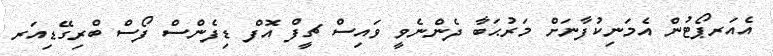
އެއަރޕޯޓުން އެމަނިކުފާނަށް މަރުޙަބާ ދެންނެވީ ވައިސް ޗީފް އޮފް ޑިފެންސް ފޯސް ބްރިގޭޑިއަރ